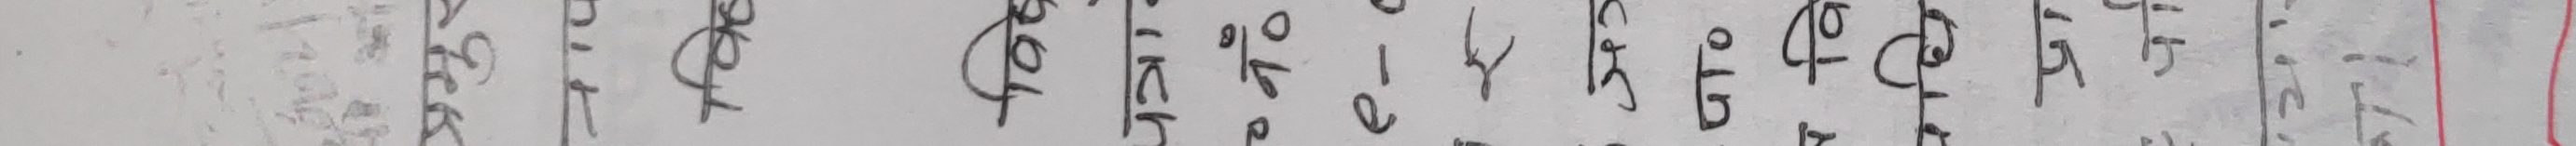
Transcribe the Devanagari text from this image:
सबै जातिका एकै